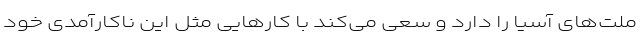
ملت‌های آسیا را دارد و سعی می‌کند با کارهایی مثل این ناکارآمدی خود